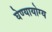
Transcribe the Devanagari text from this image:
घेण्यायोग्य